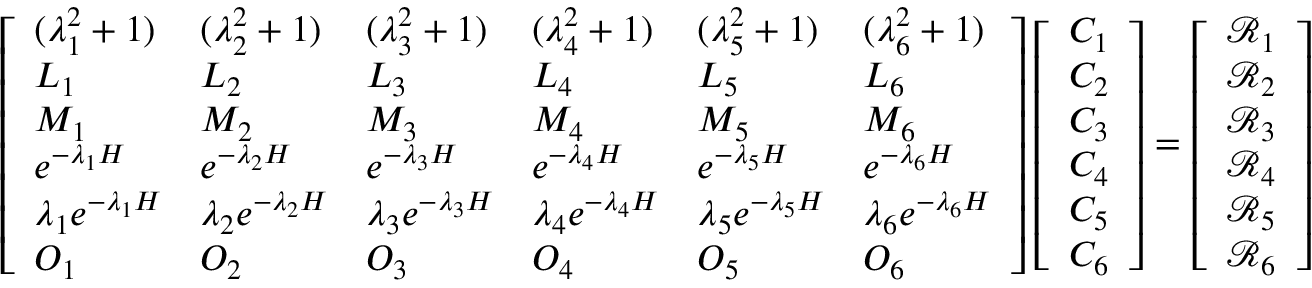
\left[ \begin{array} { l l l l l l } { ( \lambda _ { 1 } ^ { 2 } + 1 ) } & { ( \lambda _ { 2 } ^ { 2 } + 1 ) } & { ( \lambda _ { 3 } ^ { 2 } + 1 ) } & { ( \lambda _ { 4 } ^ { 2 } + 1 ) } & { ( \lambda _ { 5 } ^ { 2 } + 1 ) } & { ( \lambda _ { 6 } ^ { 2 } + 1 ) } \\ { L _ { 1 } } & { L _ { 2 } } & { L _ { 3 } } & { L _ { 4 } } & { L _ { 5 } } & { L _ { 6 } } \\ { M _ { 1 } } & { M _ { 2 } } & { M _ { 3 } } & { M _ { 4 } } & { M _ { 5 } } & { M _ { 6 } } \\ { e ^ { - \lambda _ { 1 } H } } & { e ^ { - \lambda _ { 2 } H } } & { e ^ { - \lambda _ { 3 } H } } & { e ^ { - \lambda _ { 4 } H } } & { e ^ { - \lambda _ { 5 } H } } & { e ^ { - \lambda _ { 6 } H } } \\ { \lambda _ { 1 } e ^ { - \lambda _ { 1 } H } } & { \lambda _ { 2 } e ^ { - \lambda _ { 2 } H } } & { \lambda _ { 3 } e ^ { - \lambda _ { 3 } H } } & { \lambda _ { 4 } e ^ { - \lambda _ { 4 } H } } & { \lambda _ { 5 } e ^ { - \lambda _ { 5 } H } } & { \lambda _ { 6 } e ^ { - \lambda _ { 6 } H } } \\ { O _ { 1 } } & { O _ { 2 } } & { O _ { 3 } } & { O _ { 4 } } & { O _ { 5 } } & { O _ { 6 } } \end{array} \right] \left[ \begin{array} { l } { C _ { 1 } } \\ { C _ { 2 } } \\ { C _ { 3 } } \\ { C _ { 4 } } \\ { C _ { 5 } } \\ { C _ { 6 } } \end{array} \right] = \left[ \begin{array} { l } { \mathscr { R } _ { 1 } } \\ { \mathscr { R } _ { 2 } } \\ { \mathscr { R } _ { 3 } } \\ { \mathscr { R } _ { 4 } } \\ { \mathscr { R } _ { 5 } } \\ { \mathscr { R } _ { 6 } } \end{array} \right]